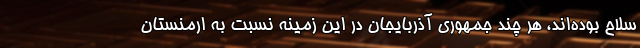
سلاح بوده‌اند، هر چند جمهوری آذربایجان در این زمینه نسبت به ارمنستان